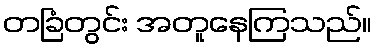
တခြံတွင်း အတူနေကြသည်။